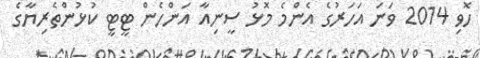
ހޮވި 2014 ވަނަ އަހަރުގެ އެންމެ މޮޅު ސީނިއާ އަންހެން ޓީޓީ ކުޅުންތެރިޔާގެ